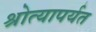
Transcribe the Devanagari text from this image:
श्रोत्यापर्यत